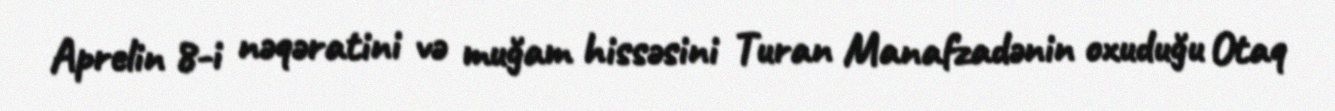
Aprelin 8-i nəqəratini və muğam hissəsini Turan Manafzadənin oxuduğu Otaq